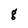
Character: g